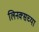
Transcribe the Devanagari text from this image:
लिनक्सच्या